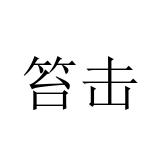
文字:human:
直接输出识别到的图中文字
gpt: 笞击